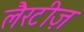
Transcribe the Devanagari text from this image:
लैरटीज़